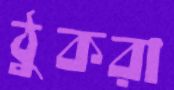
ঠুকরা